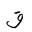
Letter: _qaf